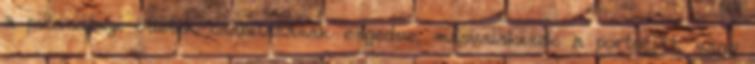
a pillanatnyi ötletek csábításának engedve, másvalakinek a portréját, vagy